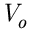
{ \mathit { V } } _ { o }